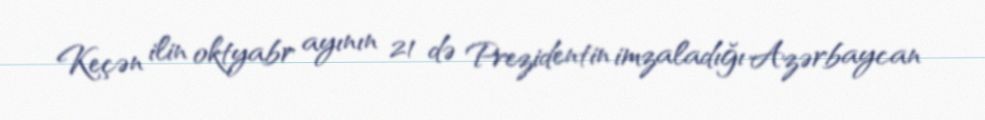
Keçən ilin oktyabr ayının 21 də Prezidentin imzaladığı Azərbaycan